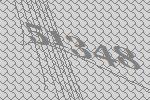
51348